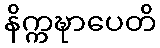
နိက္ကဍ္ဎာပေတိ